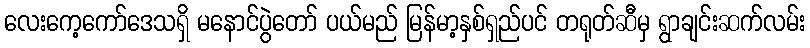
လေးကေ့ကော်ဒေသရှိ မနောင်ပွဲတော် ပယ်မည် မြန်မာ့နှစ်ရှည်ပင် တရုတ်ဆီမှ ရွာချင်းဆက်လမ်း